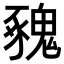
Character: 𩳥